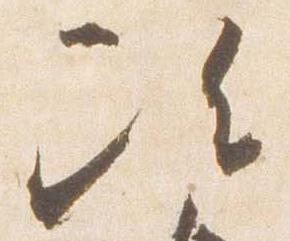
次